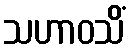
သဟာဝသိံ